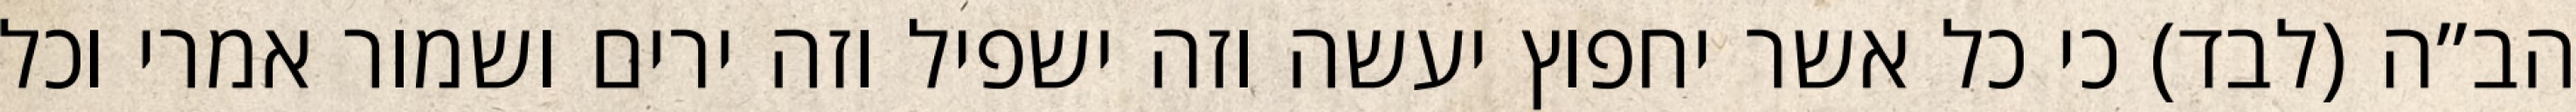
הב”ה (לבד) כי כל אשר יחפוץ יעשה וזה ישפיל וזה ירים ושמור אמרי וכל